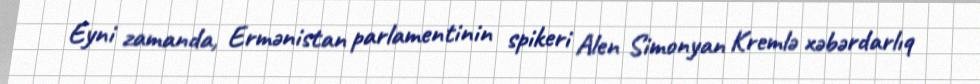
Eyni zamanda, Ermənistan parlamentinin spikeri Alen Simonyan Kremlə xəbərdarlıq